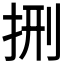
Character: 𭠩